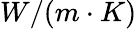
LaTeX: W/(m\cdot K)